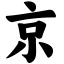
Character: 京